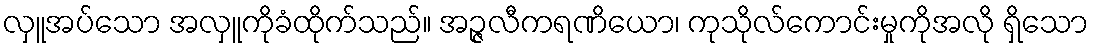
လှူအပ်သော အလှူကိုခံထိုက်သည်။ အဉ္ဇလီကရဏိယော၊ ကုသိုလ်ကောင်းမှုကိုအလို ရှိသော